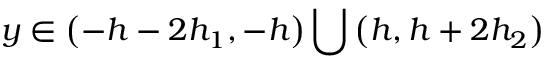
y \in \left( - h - 2 h _ { 1 } , - h \right) \bigcup \left( h , h + 2 h _ { 2 } \right)